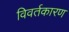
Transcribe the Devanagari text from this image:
विवर्तकारण